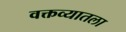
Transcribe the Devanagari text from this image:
वक्तव्यातला